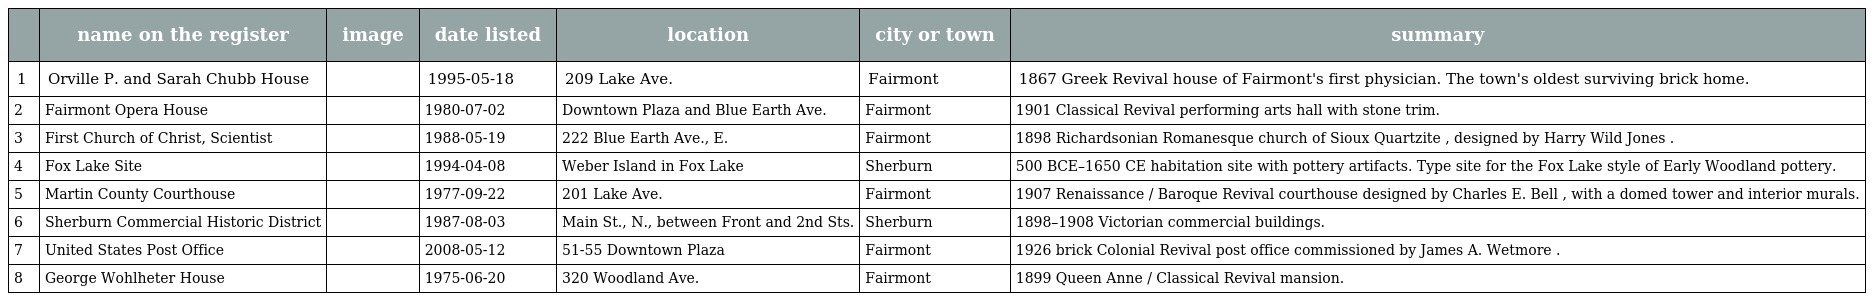
|  | name on the register | image | date listed | location | city or town | summary |
 | --- | --- | --- | --- | --- | --- | --- |
 | 1 | Orville P. and Sarah Chubb House |  | 1995-05-18 | 209 Lake Ave. | Fairmont | 1867 Greek Revival house of Fairmont's first physician. The town's oldest surviving brick home. |
 | 2 | Fairmont Opera House |  | 1980-07-02 | Downtown Plaza and Blue Earth Ave. | Fairmont | 1901 Classical Revival performing arts hall with stone trim. |
 | 3 | First Church of Christ, Scientist |  | 1988-05-19 | 222 Blue Earth Ave., E. | Fairmont | 1898 Richardsonian Romanesque church of Sioux Quartzite , designed by Harry Wild Jones . |
 | 4 | Fox Lake Site |  | 1994-04-08 | Weber Island in Fox Lake | Sherburn | 500 BCE–1650 CE habitation site with pottery artifacts. Type site for the Fox Lake style of Early Woodland pottery. |
 | 5 | Martin County Courthouse |  | 1977-09-22 | 201 Lake Ave. | Fairmont | 1907 Renaissance / Baroque Revival courthouse designed by Charles E. Bell , with a domed tower and interior murals. |
 | 6 | Sherburn Commercial Historic District |  | 1987-08-03 | Main St., N., between Front and 2nd Sts. | Sherburn | 1898–1908 Victorian commercial buildings. |
 | 7 | United States Post Office |  | 2008-05-12 | 51-55 Downtown Plaza | Fairmont | 1926 brick Colonial Revival post office commissioned by James A. Wetmore . |
 | 8 | George Wohlheter House |  | 1975-06-20 | 320 Woodland Ave. | Fairmont | 1899 Queen Anne / Classical Revival mansion. |